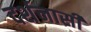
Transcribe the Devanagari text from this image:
दर्शनासी